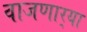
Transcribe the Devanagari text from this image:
वाजणार्‍या